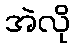
အဲလို